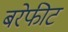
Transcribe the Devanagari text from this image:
बरेफीट